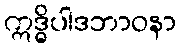
ဣဒ္ဓိပါဒဘာဝနာ